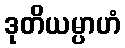
ဒုတိယမ္ပာဟံ